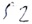
Text: S2